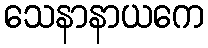
သေနာနာယကေ